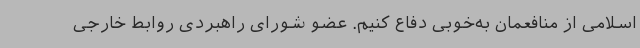
اسلامی از منافعمان به‌خوبی دفاع کنیم. عضو شورای راهبردی روابط خارجی